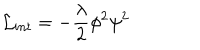
{ \cal L } _ { i n t } = - \frac { \lambda } { 2 } { \phi } ^ { 2 } { \psi } ^ { 2 }